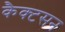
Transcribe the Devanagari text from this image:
कैक्टसन